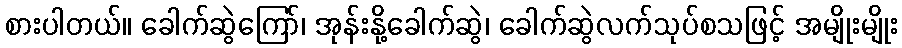
စားပါတယ်။ ခေါက်ဆွဲကြော်၊ အုန်းနို့ခေါက်ဆွဲ၊ ခေါက်ဆွဲလက်သုပ်စသဖြင့် အမျိုးမျိုး